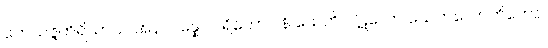
ဘေသဇ္ဇကိရိယာယ အနာပန္နော ပရိဘောဂါနိ သေတိ ပါဋလော သေတလောဟိတော။